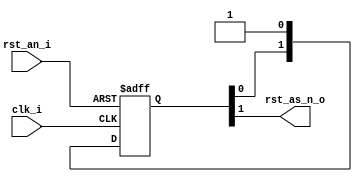
//-------------------------------------------------------------
//  Reset Synchronizer Module
//  Async assert Sync Deasset Reset synchronizer
//-------------------------------------------------------------

module reset_synchronizer

        (
            input   wire                clk_i                     ,
            input   wire                rst_an_i                  ,

            output  wire                rst_as_n_o


        );

//-------------------------------------------------------------
//  Internal signals
//-------------------------------------------------------------

reg    [ 1:0 ]  ff_sync ;


//-------------------------------------------------------------
//  Outputs
//-------------------------------------------------------------

assign rst_as_n_o       =   ff_sync [1] ;



//-------------------------------------------------------------
//  Active Low Reset Synchronizer
//-------------------------------------------------------------

always @(posedge clk_i , negedge rst_an_i ) begin

    if ( rst_an_i == 1'b0 )
          ff_sync  <= 2'b0 ;
    else
          ff_sync  <= { ff_sync [0] , 1'b1 } ;

end


endmodule